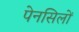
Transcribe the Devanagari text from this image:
पेनसिलों